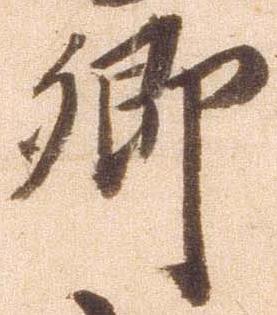
郷